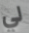
لي